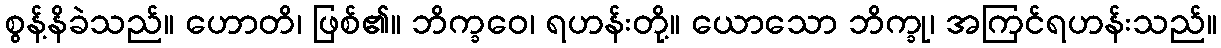
စွန့်နိခဲသည်။ ဟောတိ၊ ဖြစ်၏။ ဘိက္ခဝေ၊ ရဟန်းတို့။ ယောသော ဘိက္ခု၊ အကြင်ရဟန်းသည်။